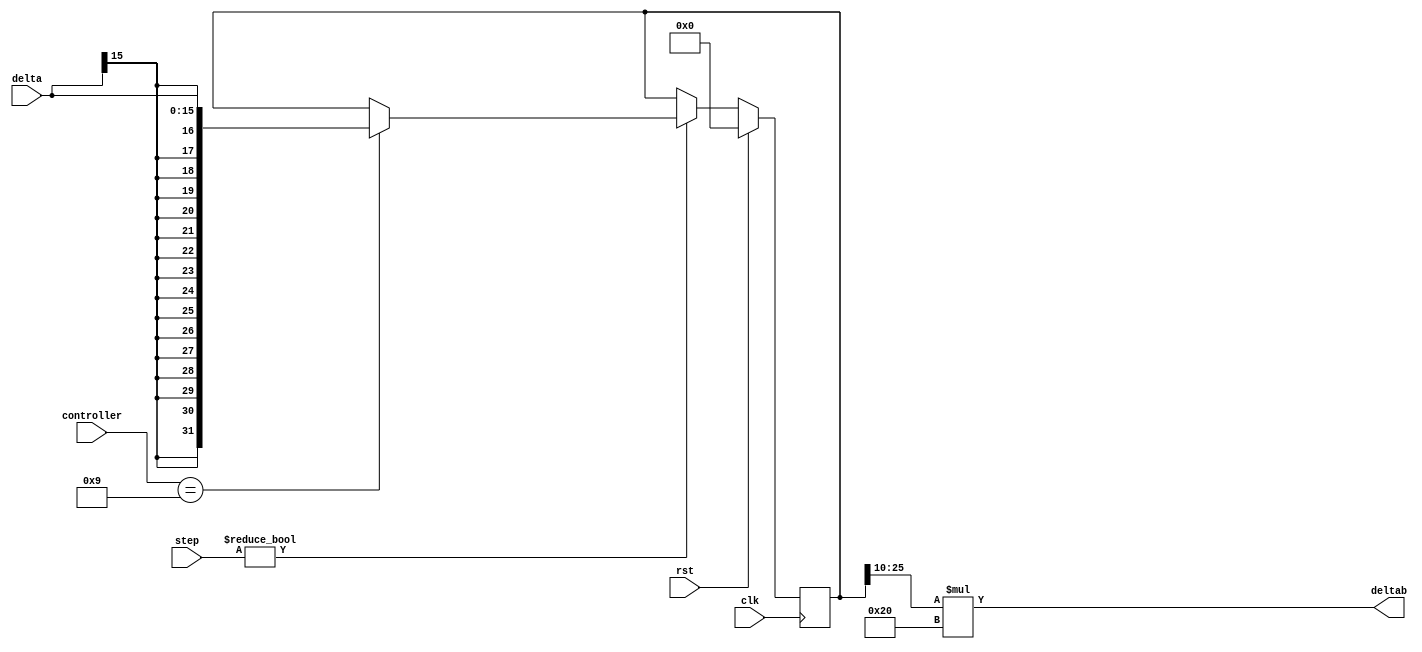
module db_module (
    clk, rst, step, controller, delta, deltab
);
    input clk, rst;
    input [3:0] step, controller;
    input signed [15:0] delta;
    output signed [15:0] deltab;
	 
    reg signed [31:0] temp;
    
	 always @(posedge clk ) begin
        if (rst) begin
            temp <= 32'd0;
        end else begin
            if(step != 4'd0) begin
                if(controller == 9) begin
                    temp <= (delta);
                end
                else temp <= temp;
            end
            else temp <= temp;
        end
    end
    //deltab = delta * 0.03125
    assign deltab = (temp[25:10]) * 16'b000000_0000100000;
endmodule